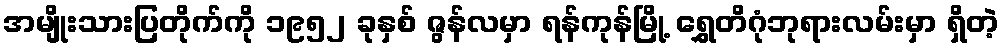
အမျိုးသားပြတိုက်ကို ၁၉၅၂ ခုနှစ် ဇွန်လမှာ ရန်ကုန်မြို့ ရွှေတိဂုံဘုရားလမ်းမှာ ရှိတဲ့